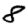
Digit: 8